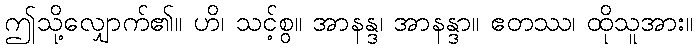
ဤသို့လျှောက်၏။ ဟိ၊ သင့်စွ။ အာနန္ဒ၊ အာနန္ဒာ။ ဧတဿ၊ ထိုသူအား။